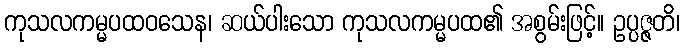
ကုသလကမ္မပထဝသေန၊ ဆယ်ပါးသော ကုသလကမ္မပထ၏ အစွမ်းဖြင့်။ ဥပ္ပဇ္ဇတိ၊